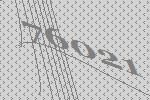
76021